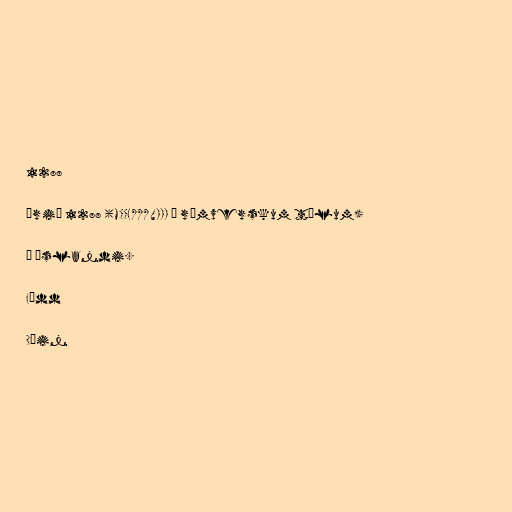
1288

Árið 1288 (MCCLXXXVIII í rómverskum tölum)

Á Íslandi.

Fædd

Dáin